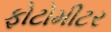
ફોટોમીટર